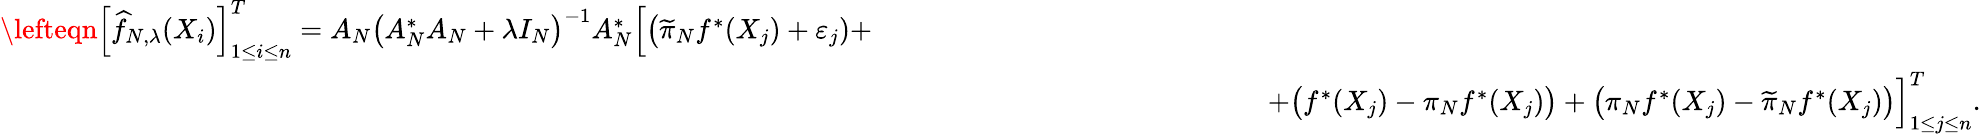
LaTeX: \begin{array}{rlr}{\lefteqn{\Big[\widehat f_{N,\lambda}(X_{i})\Big]_{1\leq i\leq n}^{T}=A_{N}\big(A_{N}^{*}A_{N}+\lambda I_{N}\big)^{-1}A_{N}^{*}\Big[\big(\widetilde\pi_{N}f^{*}(X_{j})+\varepsilon_{j})+}}\\ &{}&{\qquad\qquad\qquad\qquad\qquad\qquad+\big(f^{*}(X_{j})-\pi_{N}f^{*}(X_{j})\big)+\big(\pi_{N}f^{*}(X_{j})-\widetilde\pi_{N}f^{*}(X_{j})\big)\Big]_{1\leq j\leq n}^{T}.}\end{array}